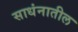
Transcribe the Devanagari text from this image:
साधंनातील